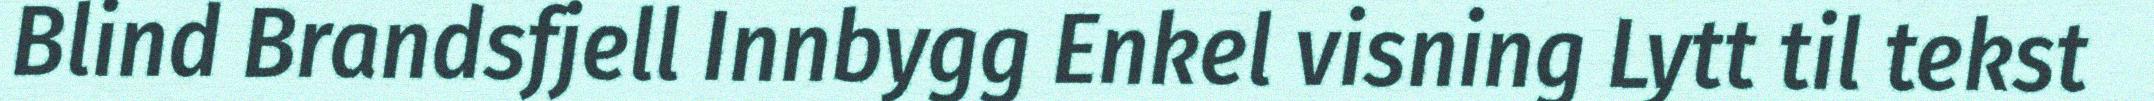
Blind Brandsfjell Innbygg Enkel visning Lytt til tekst